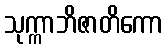
သုက္ကာဘိဇာတိကော